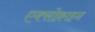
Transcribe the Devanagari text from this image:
एक्सोक्राइन